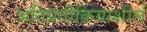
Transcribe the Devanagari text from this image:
अतिप्रतीक्रियाशील